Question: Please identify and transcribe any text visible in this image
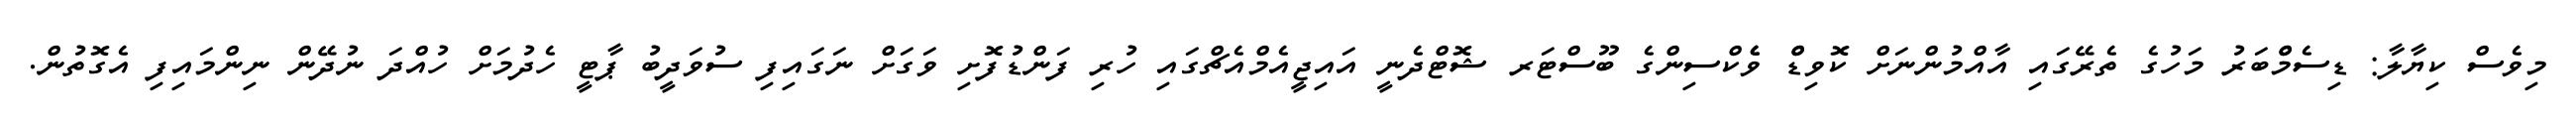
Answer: މިވެސް ކިޔާލާ: ޑިސެމްްބަރު މަހުގެ ތެރޭގައި އާއްމުންނަށް ކޮވިޑްް ވެެކްސިންގެ ބޫސްޓަރ ޝޮޓްދެނީ އައިޖީއެމްއެޗްގައި ހުރި ފަންޑުފޮށި ވަގަށް ނަގައިފި ސުވަދީބު ޕާޓީ ހެދުމަށް ހުއްދަ ނުދޭން ނިންމައިފި އެގޮތުން.